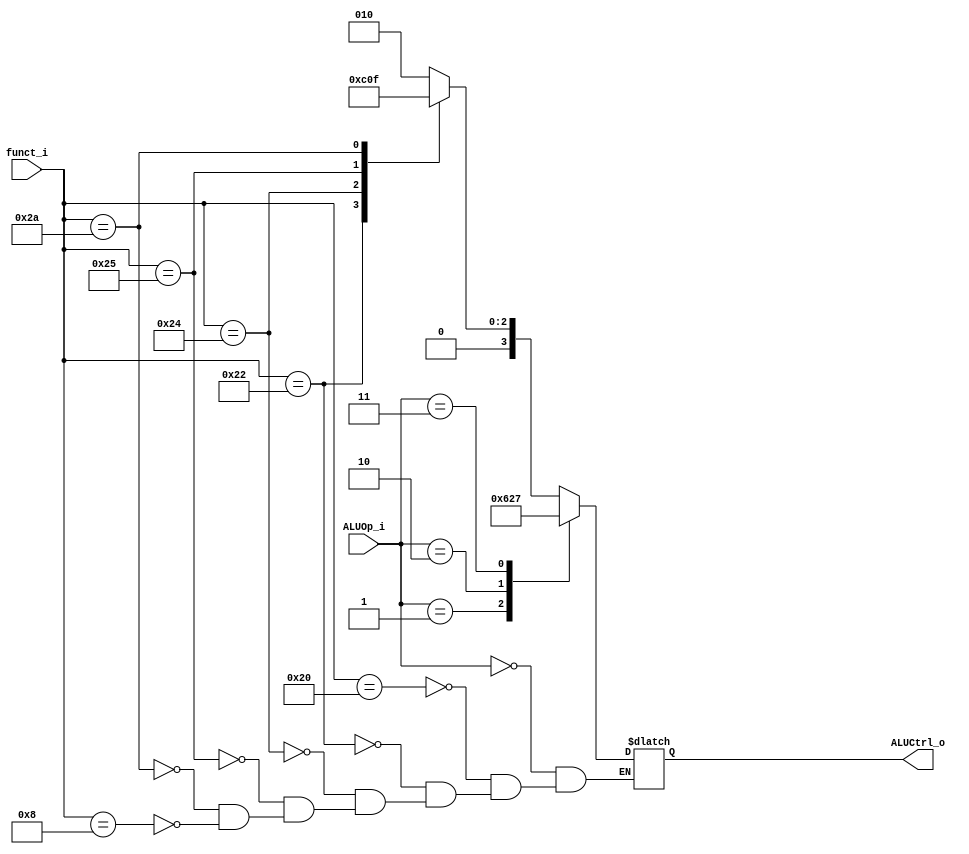
//109550184
//Subject:     CO project 2 - ALU Controller
//--------------------------------------------------------------------------------
//Version:     1
//--------------------------------------------------------------------------------
//Writer:      
//----------------------------------------------
//Date:        
//----------------------------------------------
//Description: 
//--------------------------------------------------------------------------------

module ALU_Ctrl(
          funct_i,
          ALUOp_i,
          ALUCtrl_o
          );
          
//I/O ports 
input      [6-1:0] funct_i;
input      [3-1:0] ALUOp_i;

output     [4-1:0] ALUCtrl_o;    
     
//Internal Signals
reg        [4-1:0] ALUCtrl_o;

//Parameter
    
//Select exact operation
always@(*) begin
    case (ALUOp_i)
        3'd0: case (funct_i) //R_type
            6'd32: ALUCtrl_o <= 4'd2; //add
            6'd34: ALUCtrl_o <= 4'd6; //sub
            6'd36: ALUCtrl_o <= 4'd0; //and
            6'd37: ALUCtrl_o <= 4'd1; //or
            6'd42: ALUCtrl_o <= 4'd7; //slt
            6'd8: ALUCtrl_o <= 4'dx; //jr
        endcase
        3'd1: ALUCtrl_o <= 4'd6; //beq
        3'd2: ALUCtrl_o = 4'd2; //addi lw sw
        3'd3: ALUCtrl_o <= 4'd7; //slti
        default: ALUCtrl_o <= 4'dx; //jump jal
    endcase
end
endmodule